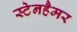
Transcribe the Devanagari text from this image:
स्टेनहैमर